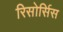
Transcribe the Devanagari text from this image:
रिसोर्सिस